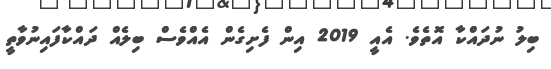
ބިލު ނުދައްކާ އޮތެވެ. އެއީ 2019 އިން ފެށިގެން އެއްވެސް ބިލެއް ދައްކާފައިނުވާތީ